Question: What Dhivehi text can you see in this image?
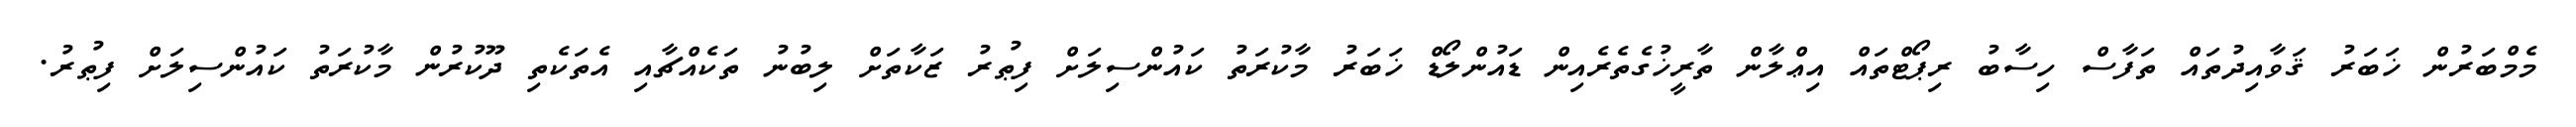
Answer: މެމްބަރުން ޚަބަރު ޤަވާއިދުތައް ތަފާސް ހިސާބު ރިޕޯޓްތައް އިޢްލާން ތާރީޚުގެތެރެއިން ޑައުންލޯޑް ޚަބަރު މާކުރަތު ކައުންސިލަށް ފިޠުރު ޒަކާތަށް ލިބުނު ތަކެއްޗާއި އެތަކެތި ދޫކުރުން މާކުރަތު ކައުންސިލަށް ފިޠުރު.